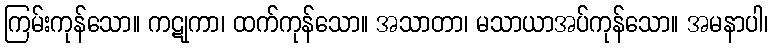
ကြမ်းကုန်သော။ ကဋုကာ၊ ထက်ကုန်သော။ အသာတာ၊ မသာယာအပ်ကုန်သော။ အမနာပါ၊